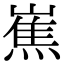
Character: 嶣